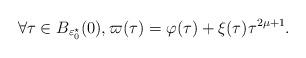
LaTeX: \begin{align*}\forall \tau\in B_{\varepsilon^\star_0}(0), \varpi(\tau)= \varphi(\tau) +\xi(\tau)\tau^{2\mu+1}.\end{align*}